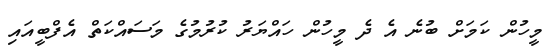
މީހުން ކަމަށް ބުނެ އެ ދެ މީހުން ހައްޔަރު ކުރުމުގެ މަސައްކަތް އެފްބީއައި